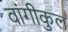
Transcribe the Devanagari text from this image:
वांगीकुल